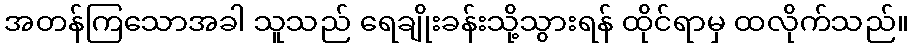
အတန်ကြသောအခါ သူသည် ရေချိုးခန်းသို့သွားရန် ထိုင်ရာမှ ထလိုက်သည်။